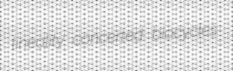
lineality concerted biocycles